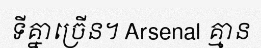
ទីគ្នាច្រើន។ Arsenal គ្មាន